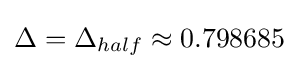
\Delta =\Delta _{half}\approx 0.798685